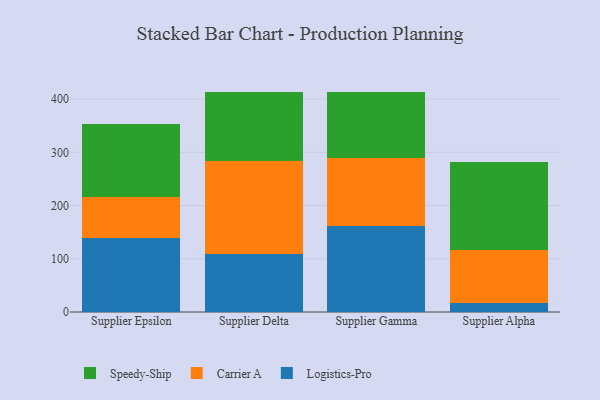
{"axis": {"x": "Supplier", "y": "Waste Production (Tons)"}, "legend": ["Carrier A", "Logistics-Pro", "Speedy-Ship"], "data": [{"x": "Supplier Epsilon", "y": 138.4, "type": "Logistics-Pro"}, {"x": "Supplier Epsilon", "y": 77.1, "type": "Carrier A"}, {"x": "Supplier Epsilon", "y": 137.3, "type": "Speedy-Ship"}, {"x": "Supplier Delta", "y": 109.5, "type": "Logistics-Pro"}, {"x": "Supplier Delta", "y": 175.1, "type": "Carrier A"}, {"x": "Supplier Delta", "y": 129.2, "type": "Speedy-Ship"}, {"x": "Supplier Gamma", "y": 161.6, "type": "Logistics-Pro"}, {"x": "Supplier Gamma", "y": 127.8, "type": "Carrier A"}, {"x": "Supplier Gamma", "y": 124.7, "type": "Speedy-Ship"}, {"x": "Supplier Alpha", "y": 16.4, "type": "Logistics-Pro"}, {"x": "Supplier Alpha", "y": 99.7, "type": "Carrier A"}, {"x": "Supplier Alpha", "y": 165.2, "type": "Speedy-Ship"}]}